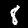
Label: 8